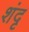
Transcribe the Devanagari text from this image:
शंदृ